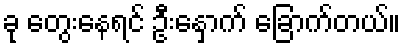
ခု တွေးနေရင် ဦးနှောက် ခြောက်တယ်။